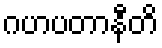
ဂဟပတာနီတိ